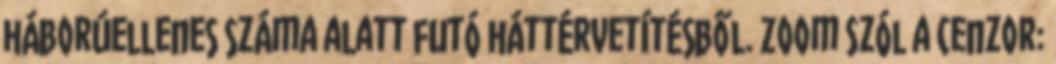
háborúellenes száma alatt futó háttérvetítésből. Zoom Szól a cenzor: